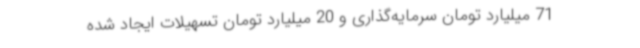
71 میلیارد تومان سرمایه‌گذاری و 20 میلیارد تومان تسهیلات ایجاد شده